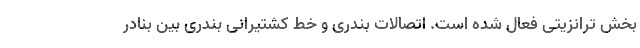
بخش ترانزیتی فعال شده است. اتصالات بندری و خط کشتیرانی بندری بین بنادر